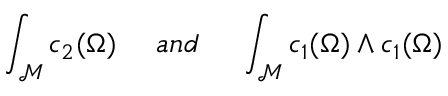
\int _ { \mathcal { M } } c _ { 2 } ( \Omega ) \ \ \ \ a n d \ \ \ \ \int _ { { \mathcal M } } c _ { 1 } ( \Omega ) \wedge c _ { 1 } ( \Omega )